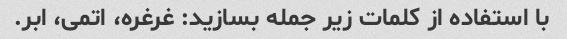
با استفاده از کلمات زیر جمله بسازید: غرغره، اتمی، ابر.